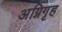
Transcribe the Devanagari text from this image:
अग्निगृह